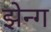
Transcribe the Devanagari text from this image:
झेन्ग